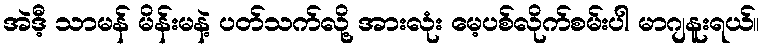
အဲဒီ့ သာမန် မိန်းမနဲ့ ပတ်သက်လို့ အားလုံး မေ့ပစ်လိုက်စမ်းပါ မာဂျနူးရယ်။